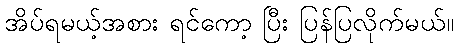
အိပ်ရမယ့်အစား ရင်ကော့ ပြီး ပြန်ပြလိုက်မယ်။